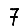
Digit: 7